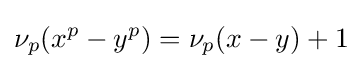
\nu _{p}(x^{p}-y^{p})=\nu _{p}(x-y)+1